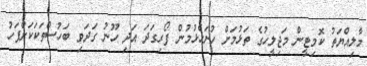
މާލިއްޔަތު ކޮމިޓީން މަޖިލީހުގެ ތަޅުމަށް ހުށަހެޅުމުން ފޯރިގަދަ އަދި ހޫނު ގަދަވި ބަހުސްތަކަކަށްފަހު